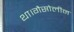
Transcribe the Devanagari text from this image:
था।गैसोलीन